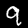
Label: 9